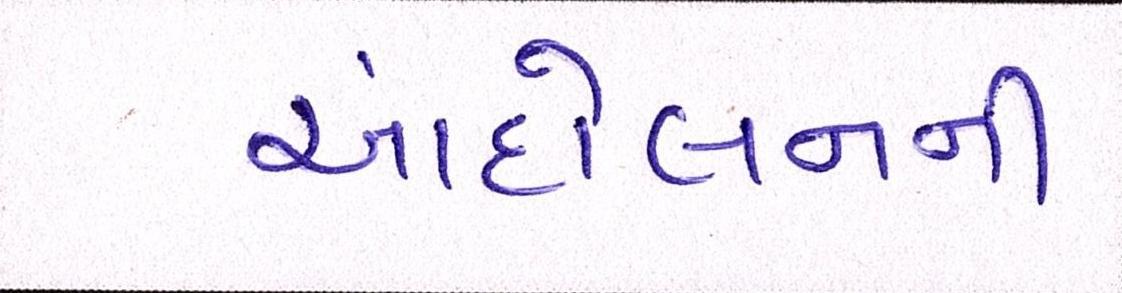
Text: આંદોલનની